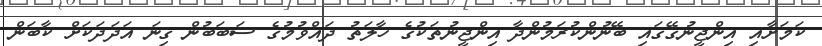
ކަަމަށާއި އިންޖީނުގޭގައި ބޭނުންކުރަމުންދާ އިންޖީނުތަކުގެ ހާލަތު ދައްވުމުގެ ސަބަބުން ގިނަ އަދަދަކަށް ކާބަން